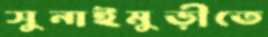
সুনাইমুড়ীতে